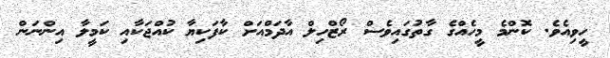
ހީވިއެވެ. ކޮންމެ މީހެއްގެ ގާތުގައިވެސް ރޯޒްހިލް އާދަމްއަށް ކާފަކިޔާ ކުއްޖަކާއި ކަމީލާ އިންނަން